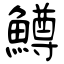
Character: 鱒